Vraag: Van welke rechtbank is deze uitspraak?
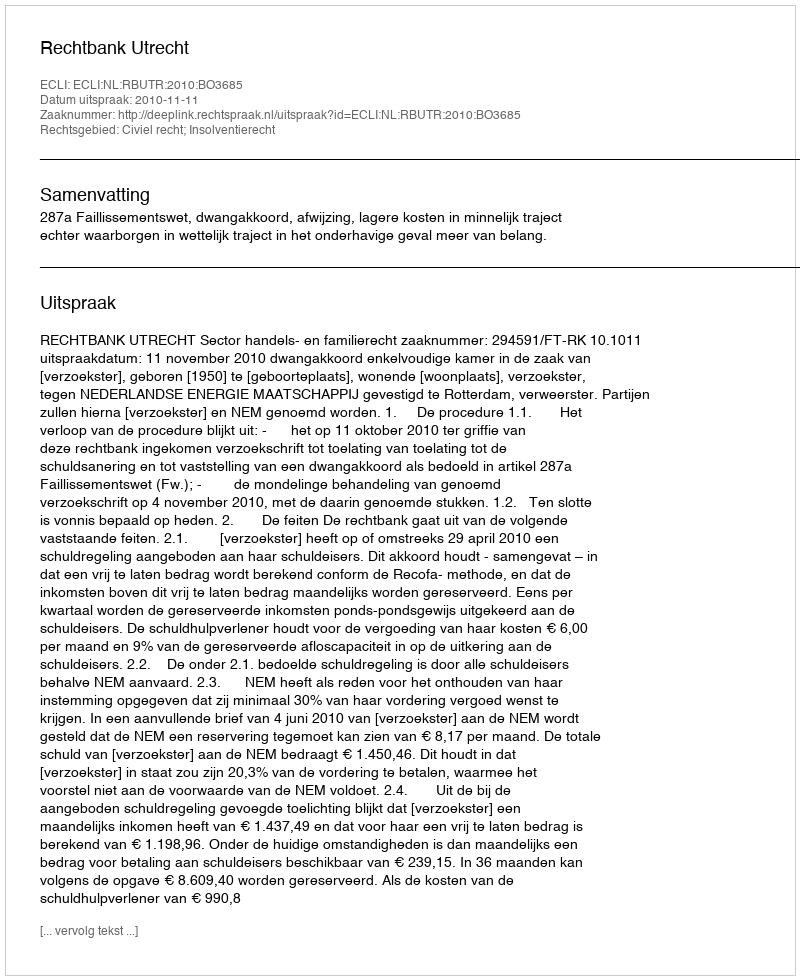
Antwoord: Rechtbank Utrecht